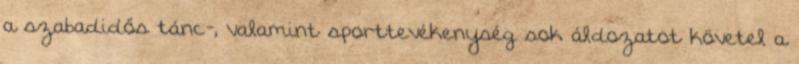
a szabadidős tánc-, valamint sporttevékenység sok áldozatot követel a